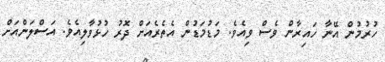
ހުރުމުން އޭނާ ހައިރާން ވެސް ވިއެވެ. މަޑުމަޑުން އެތެރެއަށް ދޮރު ހުޅުވާލިއެވެ. އަސްލަންއަށް